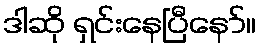
ဒါဆို ရှင်းနေပြီနော်။